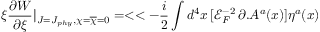
\xi \frac { \partial W } { \partial \xi } | _ { J = J _ { p h y } , \chi = { \overline { { { \chi } } } } = 0 } = < < - \frac { i } { 2 } \int d ^ { 4 } x \, [ { \mathcal { E } } _ { F } ^ { - 2 } \, \partial . A ^ { a } ( x ) ] \eta ^ { a } ( x )